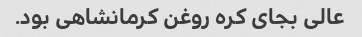
عالی بجای کره روغن کرمانشاهی بود.